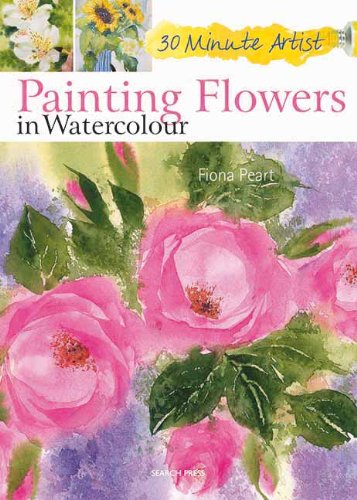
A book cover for Painting Flowers in Watercolour (30 Minute Artist); Fiona Peart; Arts & Photography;